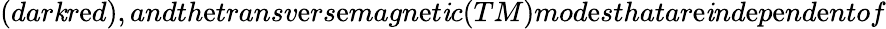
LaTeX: (dar\mathit{k}r\mathrm{e}d),andth\mathrm{e}transv\mathrm{e}rs\mathrm{e}magn\mathrm{e}t\mathit{i}c(TM)mod\mathrm{e}sthatar\mathrm{e}\mathit{i}nd\mathrm{e}p\mathrm{e}nd\mathrm{e}ntof